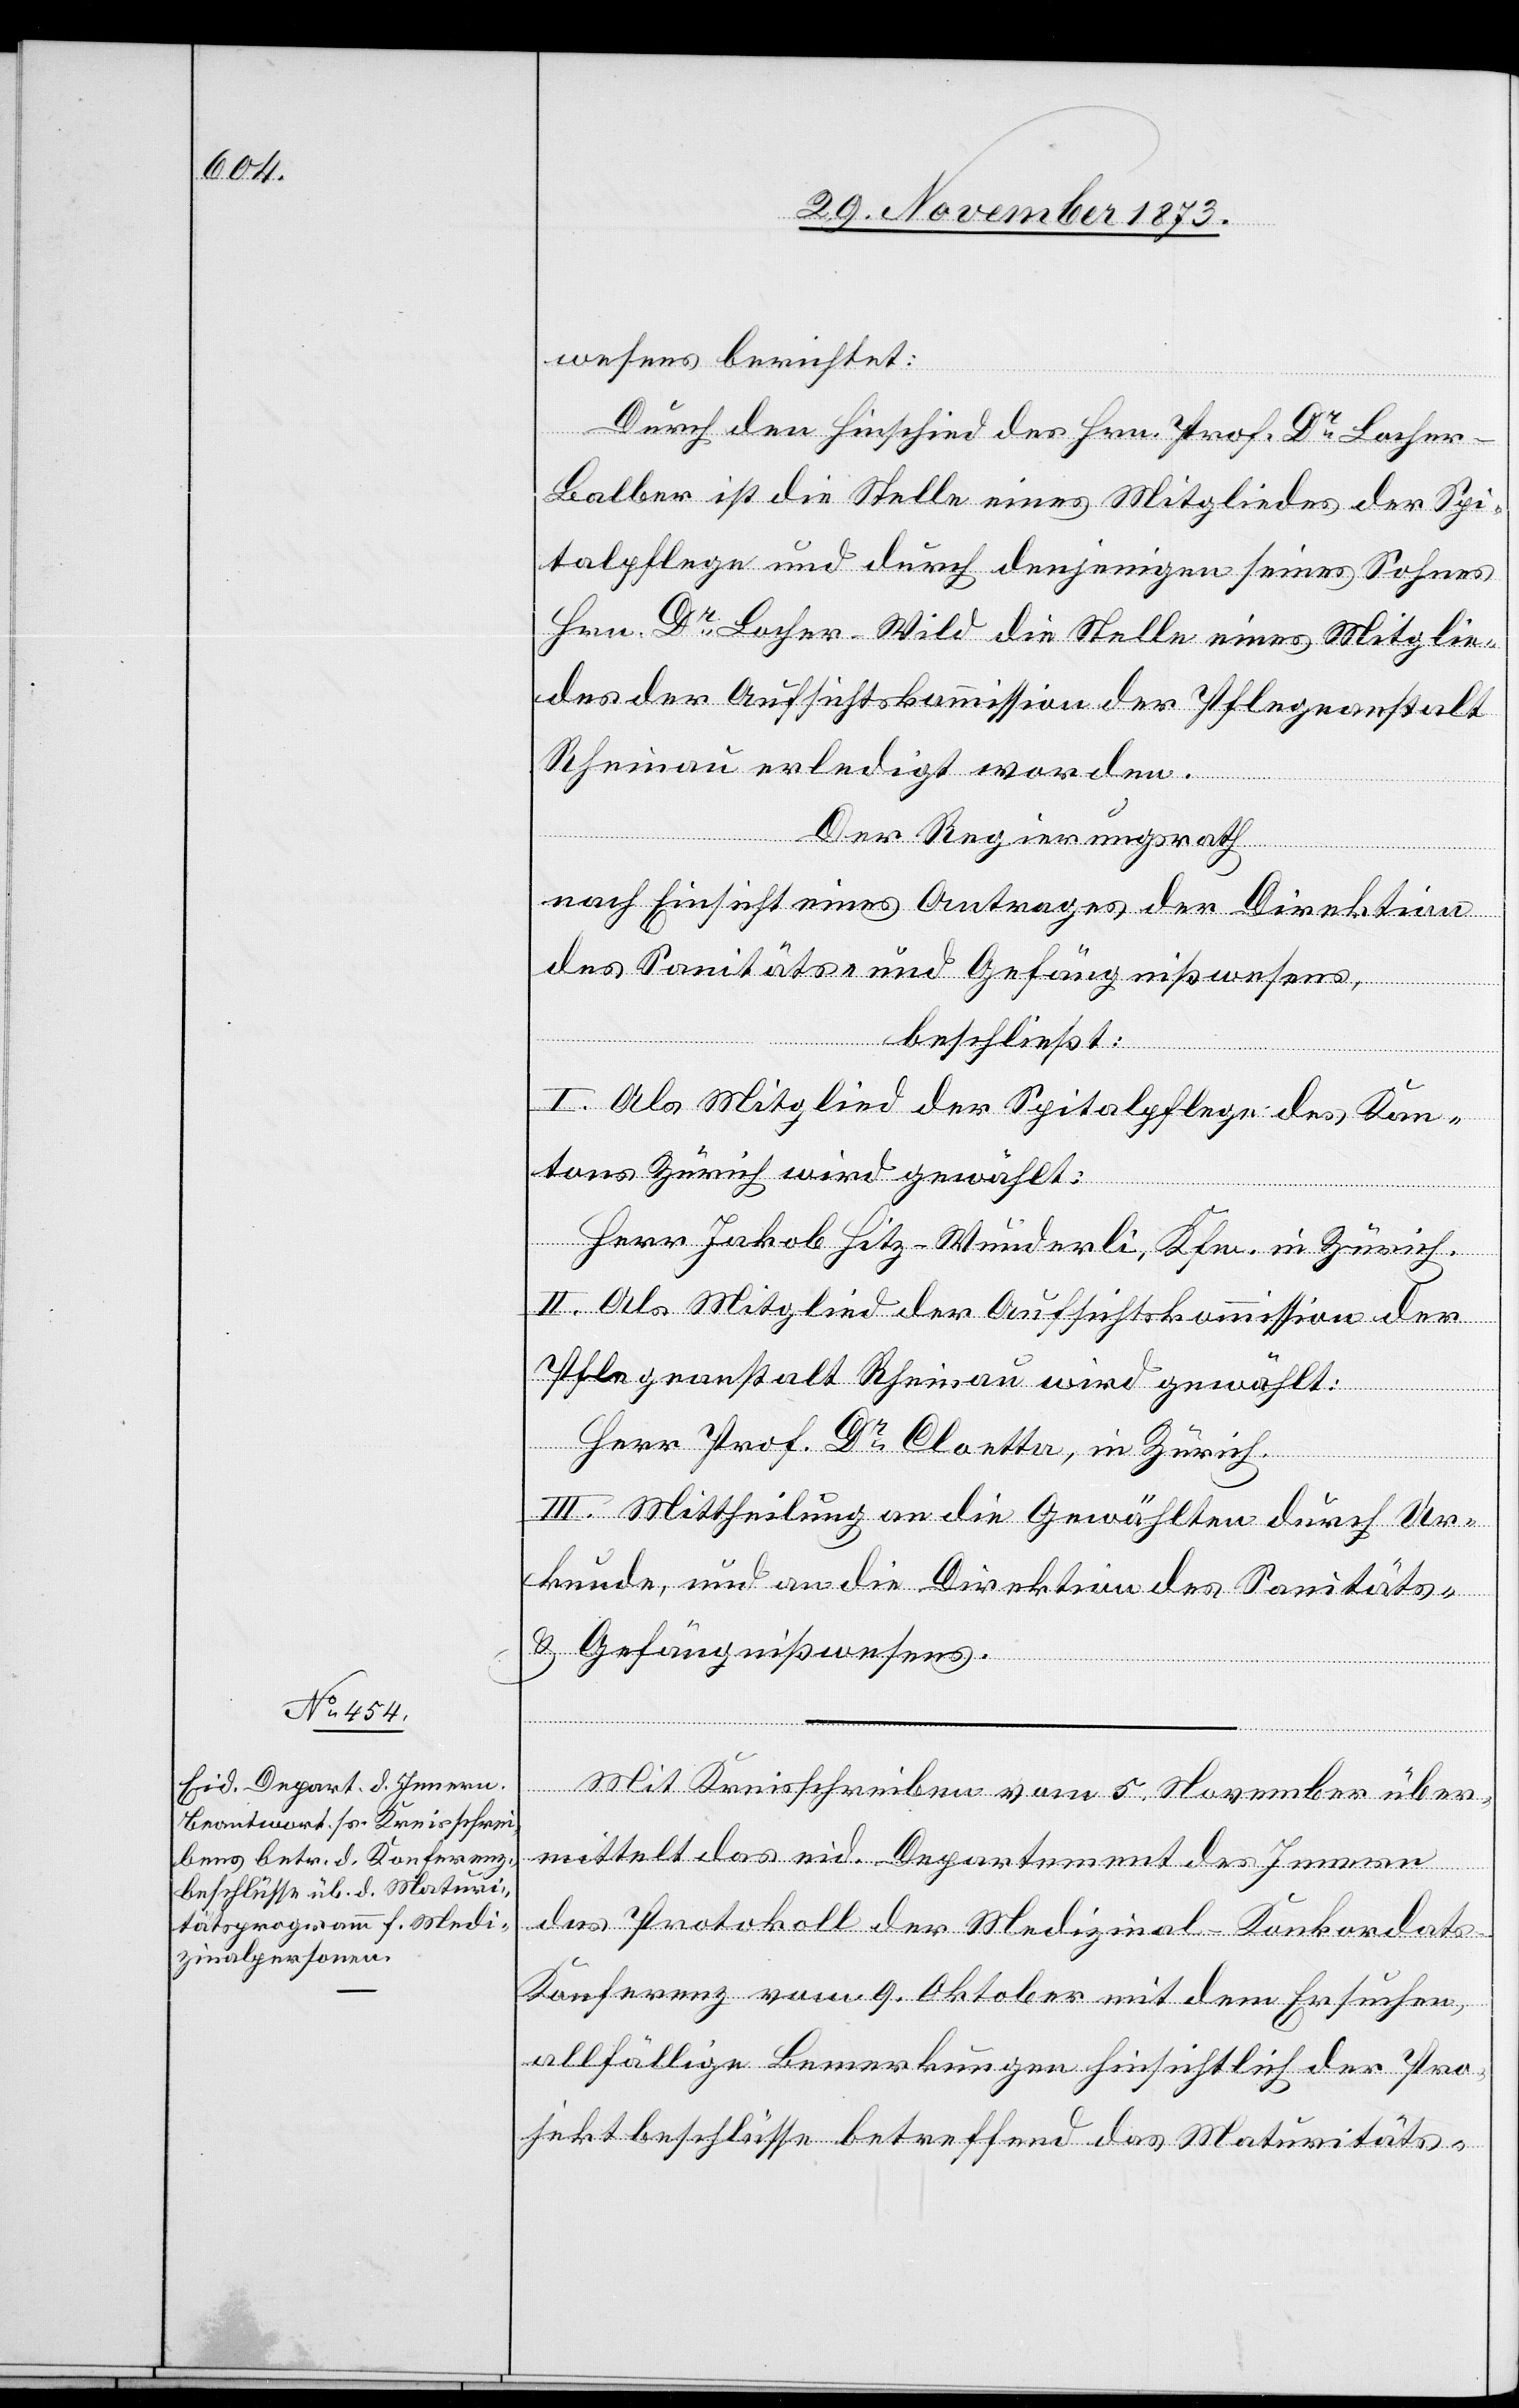
wesens berichtet:
Durch den Hinschied des Hrn. Prof. Dr Loche¬
r-Balber ist die Stelle eines Mitgliedes der Spi¬
talpflege und durch denjenigen seines Sohnes
Hrn. Dr Locher-Wild die Stelle eines Mitglie¬
des der Aufsichtskommission der Pflegeanstalt
Rheinau erledigt worden.
Der Regierungsrath
nach Einsicht eines Antrages der Direktion
des Sanitäts- und Gefängnißwesens,
beschließt:
I. Als Mitglied der Spitalpflege des Kan¬
tons Zürich wird gewählt:
Herr Jakob Hitz-Wunderli, Kfm. in Zürich.
II. Als Mitglied der Aufsichtskommission der
Pflegeanstalt Rheinau wird gewählt:
Herr Prof. Dr Cloetta, in Zürich.
III. Mittheilung an die Gewählten durch Ur¬
kunde, und an die Direktion des Sanitäts-
& Gefängnißwesens.
Mit Kreisschreiben vom 5. November über¬
mittelt das eid. Departement des Innern
das Protokoll der Medizinal-Konkordat¬
s-Konferenz vom 9. Oktober mit dem Ersuchen,
allfällige Bemerkungen hinsichtlich der Pro¬
jektbeschlüsse betreffend das Maturitäts-